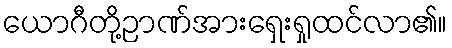
ယောဂီတို့ဉာဏ်အားရှေးရှုထင်လာ၏။